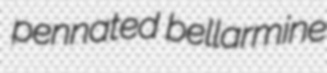
pennated bellarmine